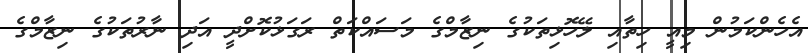
އެހެންކަމުން މިއީ ހިތާއި ލޭހޮޅިތަކުގެ ނިޒާމްގެ މަސައްކަތް ރަގަޅުކޮށްދީ އަދި ނާރުތަކުގެ ނިޒާމްގެ